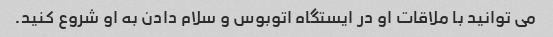
می توانید با ملاقات او در ایستگاه اتوبوس و سلام دادن به او شروع کنید.